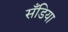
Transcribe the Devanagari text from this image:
सँडिया